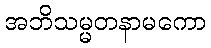
အဘိသမ္မတနာမကော